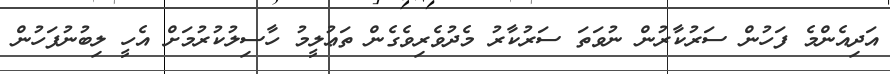
އަދިއެންމެ ފަހުން ސަރުކާރުން ނުވަތަ ސަރުކާރު މެދުވެރިވެގެން ތަޢުލީމު ހާސިލުކުރުމަށް އެހީ ލިބުނުފަހުން